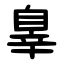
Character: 辠